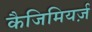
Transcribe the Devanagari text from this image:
कैजिमियर्ज़